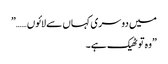
میں دوسری کہاں سے لائوں……”
”وہ تو ٹھیک ہے۔